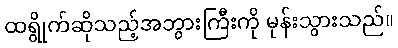
ထရွိုက်ဆိုသည့်အဘွားကြီးကို မုန်းသွားသည်။